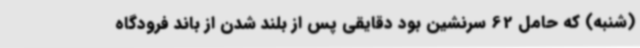
(شنبه) که حامل 62 سرنشین بود دقایقی پس از بلند شدن از باند فرودگاه